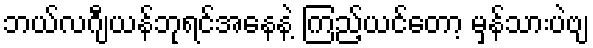
ဘယ်လဂျီယန်ဘုရင်အနေနဲ့ ကြည့်ယင်တော့ မှန်သားပဲဗျ